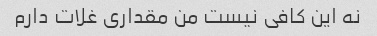
نه این کافی نیست من مقداری غلات دارم